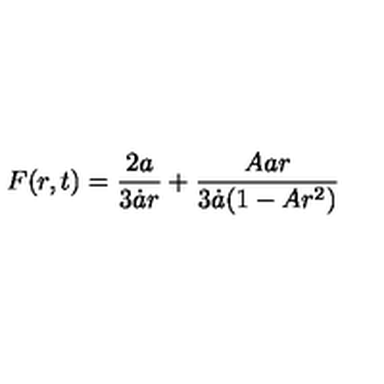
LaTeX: F ( r , t ) = \frac { 2 a } { 3 \dot { a } r } + \frac { A a r } { 3 \dot { a } ( 1 - A r ^ { 2 } ) }